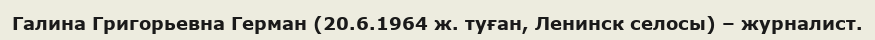
Галина Григорьевна Герман (20.6.1964 ж. туған, Ленинск селосы) – журналист.